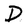
Character: D